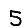
Digit: 5